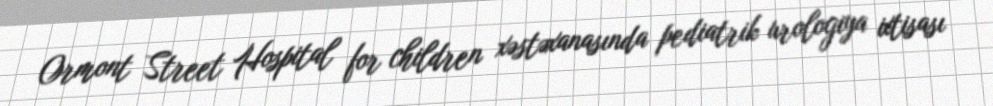
Ormont Street Hospital for children xəstəxanasında pediatrik urologiya ixtisası